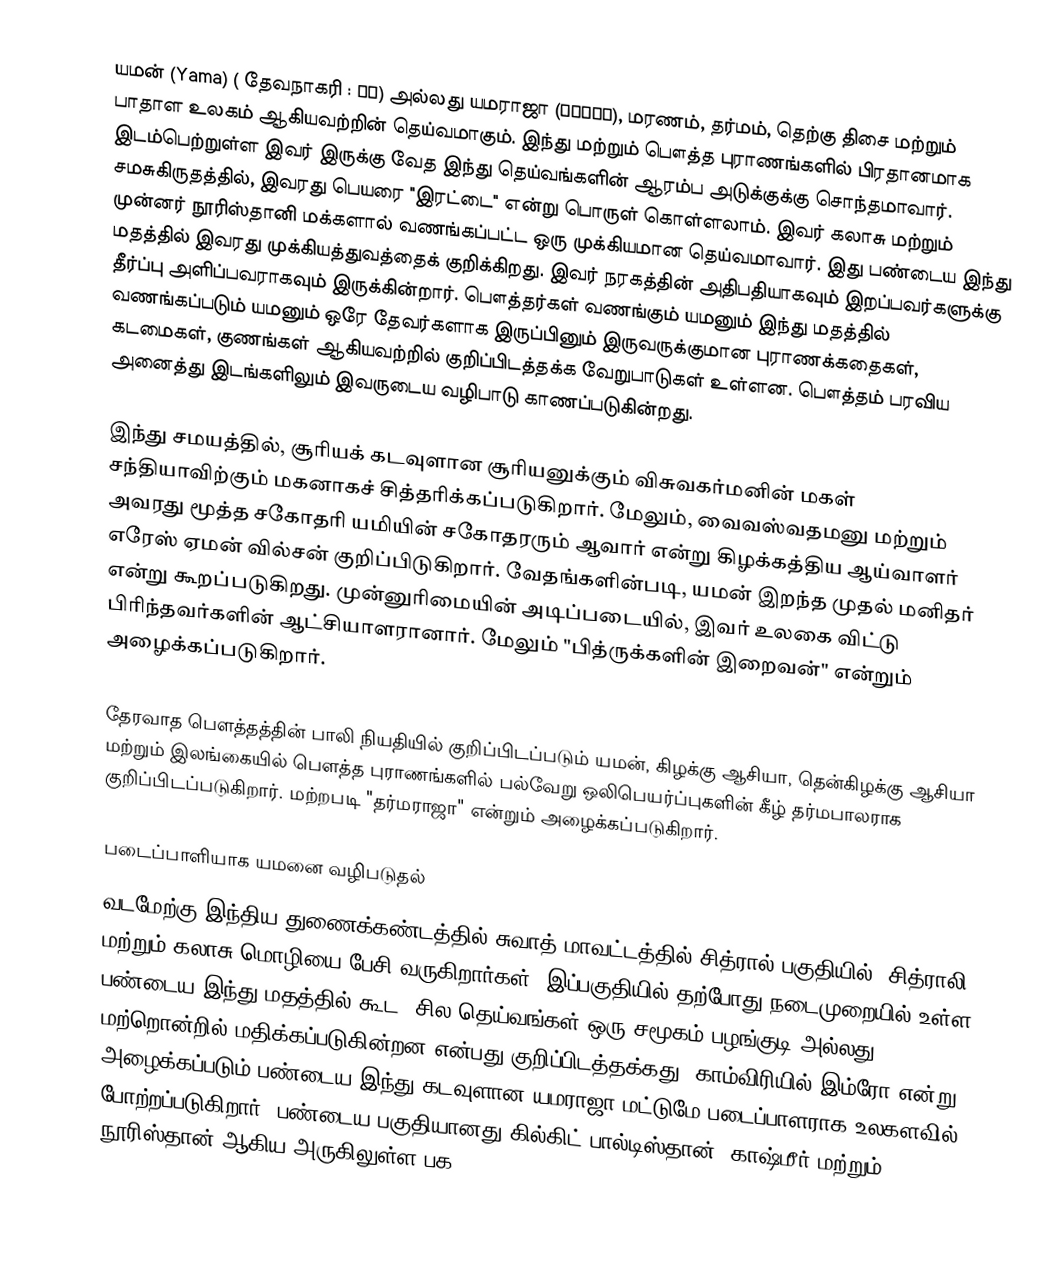
யமன் (Yama) ( தேவநாகரி : यम) அல்லது யமராஜா (यमराज), மரணம், தர்மம், தெற்கு திசை மற்றும் பாதாள உலகம் ஆகியவற்றின் தெய்வமாகும். இந்து மற்றும் பௌத்த புராணங்களில் பிரதானமாக இடம்பெற்றுள்ள இவர் இருக்கு வேத இந்து தெய்வங்களின் ஆரம்ப அடுக்குக்கு சொந்தமாவார்.  சமசுகிருதத்தில், இவரது பெயரை "இரட்டை" என்று பொருள் கொள்ளலாம். இவர் கலாசு மற்றும் முன்னர் நூரிஸ்தானி மக்களால் வணங்கப்பட்ட ஒரு முக்கியமான தெய்வமாவார். இது பண்டைய இந்து மதத்தில் இவரது முக்கியத்துவத்தைக் குறிக்கிறது. இவர் நரகத்தின் அதிபதியாகவும் இறப்பவர்களுக்கு தீர்ப்பு அளிப்பவராகவும் இருக்கின்றார். பௌத்தர்கள் வணங்கும் யமனும் இந்து மதத்தில் வணங்கப்படும் யமனும் ஒரே தேவர்களாக இருப்பினும் இருவருக்குமான புராணக்கதைகள், கடமைகள், குணங்கள் ஆகியவற்றில் குறிப்பிடத்தக்க வேறுபாடுகள்  உள்ளன. பௌத்தம் பரவிய அனைத்து இடங்களிலும் இவருடைய வழிபாடு காணப்படுகின்றது.

இந்து சமயத்தில், சூரியக் கடவுளான சூரியனுக்கும்   விசுவகர்மனின் மகள் சந்தியாவிற்கும் மகனாகச் சித்தரிக்கப்படுகிறார். மேலும், வைவஸ்வதமனு மற்றும் அவரது மூத்த சகோதரி யமியின் சகோதரரும் ஆவார் என்று கிழக்கத்திய ஆய்வாளர் எரேஸ் ஏமன் வில்சன் குறிப்பிடுகிறார்.  வேதங்களின்படி, யமன் இறந்த முதல் மனிதர் என்று கூறப்படுகிறது. முன்னுரிமையின் அடிப்படையில், இவர் உலகை விட்டு பிரிந்தவர்களின் ஆட்சியாளரானார்.  மேலும் "பித்ருக்களின் இறைவன்" என்றும் அழைக்கப்படுகிறார்.

தேரவாத பௌத்தத்தின் பாலி நியதியில் குறிப்பிடப்படும் யமன், கிழக்கு ஆசியா, தென்கிழக்கு ஆசியா மற்றும் இலங்கையில் பௌத்த புராணங்களில் பல்வேறு ஒலிபெயர்ப்புகளின் கீழ் தர்மபாலராக குறிப்பிடப்படுகிறார். மற்றபடி "தர்மராஜா" என்றும் அழைக்கப்படுகிறார்.

படைப்பாளியாக யமனை வழிபடுதல்
வடமேற்கு இந்திய துணைக்கண்டத்தில் சுவாத் மாவட்டத்தில் சித்ரால் பகுதியில் 'சித்ராலி' மற்றும் கலாசு மொழியை பேசி வருகிறார்கள். இப்பகுதியில் தற்போது நடைமுறையில் உள்ள பண்டைய இந்து மதத்தில் கூட, சில தெய்வங்கள் ஒரு சமூகம்/பழங்குடி அல்லது மற்றொன்றில் மதிக்கப்படுகின்றன என்பது குறிப்பிடத்தக்கது. காம்விரியில் இம்ரோ என்று அழைக்கப்படும் பண்டைய இந்து கடவுளான யமராஜா மட்டுமே படைப்பாளராக உலகளவில் போற்றப்படுகிறார். பண்டைய பகுதியானது கில்கிட்-பால்டிஸ்தான், காஷ்மீர் மற்றும் நூரிஸ்தான் ஆகிய அருகிலுள்ள பக